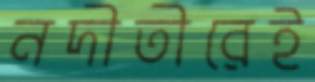
নদীতীরেই